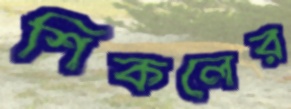
শিকলের